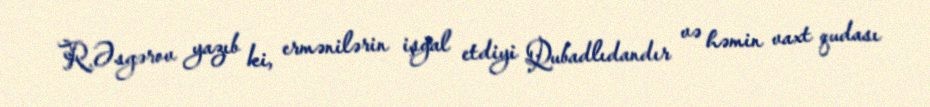
R.Əsgərov yazıb ki, ermənilərin işğal etdiyi Qubadlıdandır və həmin vaxt qudası